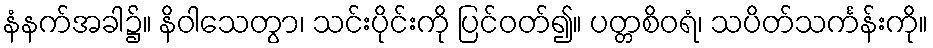
နံနက်အခါ၌။ နိဝါသေတွာ၊ သင်းပိုင်းကို ပြင်ဝတ်၍။ ပတ္တစိဝရံ၊ သပိတ်သင်္ကန်းကို။